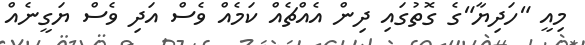
މިއީ "ހަދިޔާ"ގެ ގޮތުގައި ދިން އެއްޗެއް ކަމެއް ވެސް އަދި ވެސް ޔަގީނެއް